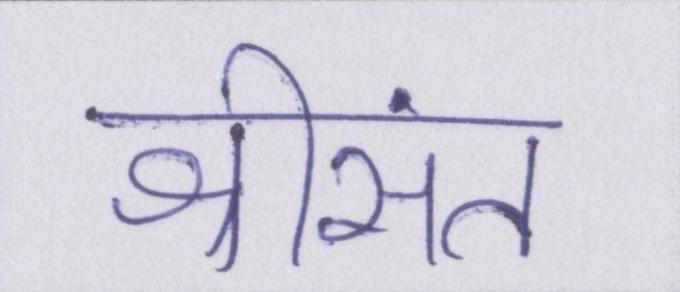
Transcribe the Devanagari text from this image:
श्रीसंत